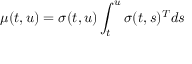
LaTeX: \mu ( t , u ) = { \boldsymbol { \sigma } } ( t , u ) \int _ { t } ^ { u } { \boldsymbol { \sigma } } ( t , s ) ^ { T } d s